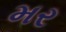
મર